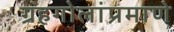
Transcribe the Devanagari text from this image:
ग्रहगोलांप्रमाणे